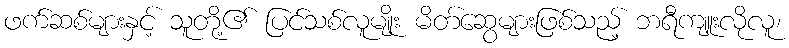
ဖက်ဆစ်များနှင့် သူတို့၏ ပြင်သစ်လူမျိုး မိတ်ဆွေများဖြစ်သည့် ဘရီကျူးလိုလူ၊